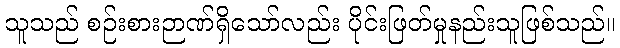
သူသည် စဉ်းစားဉာဏ်ရှိသော်လည်း ပိုင်းဖြတ်မှုနည်းသူဖြစ်သည်။